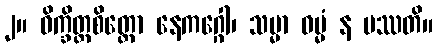
၂။ ဝိက္ခိတ္တစိတ္တော နေကဂ္ဂေါ၊ သမ္မာ ဓမ္မံ န ပဿတိ။